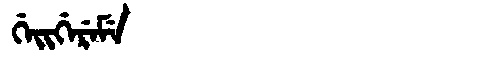
Manchu: ᡤᡝᡳᡤᡝᡵᡝᠮᡝ
Romanization: GEIGEREME